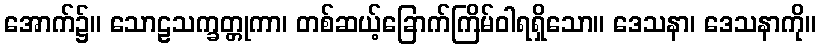
အောက်၌။ သောဠသက္ခတ္တုကာ၊ တစ်ဆယ့်ခြောက်ကြိမ်ဝါရရှိသော။ ဒေသနာ၊ ဒေသနာကို။